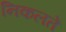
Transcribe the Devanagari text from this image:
निकलतें